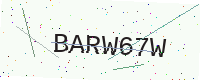
Text: BARW67W